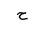
Letter: _ha